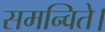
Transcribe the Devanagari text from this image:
समन्विते।